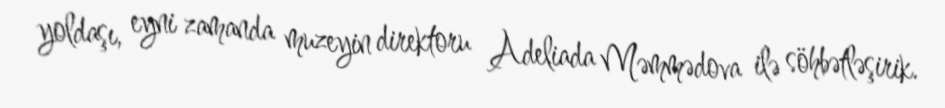
yoldaşı, eyni zamanda muzeyin direktoru Adeliada Məmmədova ilə söhbətləşirik.